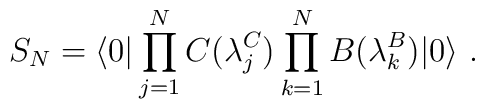
{S}_N = {\langle 0| \prod_{j=1}^{N} C(\lambda_j^C)\prod_{k=1}^{N}B(\lambda_k^B)|0\rangle}\ .